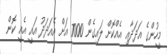
މީހުންގެ އަދަދާއި އެއްކޮށް ލައިގެން 7000 އަށް އެއަދަދު އައީ އެއީ ކޮން